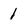
Character: 1